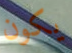
يكون